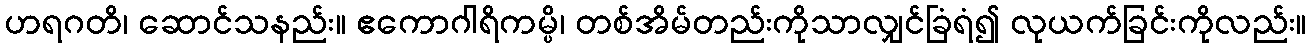
ဟရဂတိ၊ ဆောင်သနည်း။ ဧကောဂါရိကမ္ပိ၊ တစ်အိမ်တည်းကိုသာလျှင်ခြံရံ၍ လုယက်ခြင်းကိုလည်း။